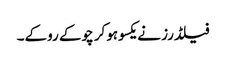
فیلڈرز نے یکسوہوکر چوکے روکے۔